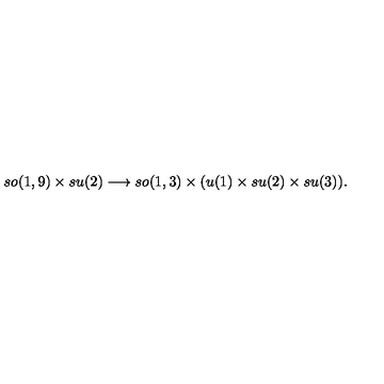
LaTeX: s o ( 1 , 9 ) \times s u ( 2 ) \longrightarrow s o ( 1 , 3 ) \times ( u ( 1 ) \times s u ( 2 ) \times s u ( 3 ) ) .